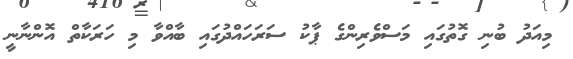
މިއަދު ބުނި ގޮތުގައި މަސްވެރިންގެ ޕާކު ސަރަހައްދުގައި ބާއްވާ މި ހަރަކާތް އޮންނާނީ